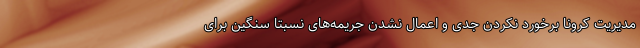
مدیریت کرونا برخورد نکردن جدی و اعمال نشدن جریمه‌های نسبتا سنگین برای